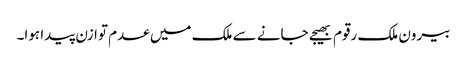
بیرون ملک رقوم بھیجے جانے سے ملک میں عدم توازن پیدا ہوا۔